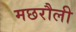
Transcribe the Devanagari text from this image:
मछरौली